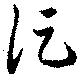
促